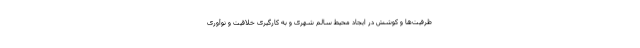
ظرفیت‌ها و کوشش در ایجاد محیط سالم شهری و به کارگیری خلاقیت و نوآوری